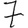
Digit: 7